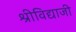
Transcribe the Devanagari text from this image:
श्रीविद्याजी